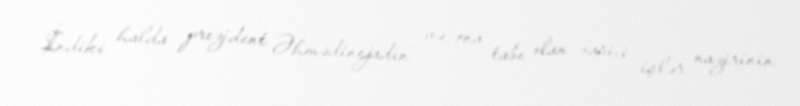
İndiki halda prezident Əhmədinejadın və ona tabe olan xarici işlər nazirinin